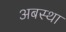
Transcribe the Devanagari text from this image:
अबस्था